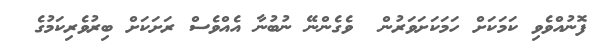
ފޮނުއްވެވި ކަމަކަށް ހަމަކަށަވަރުން  ވެގެންނޭ ނުބުނާ އެއްވެސް ރަށަކަށް ބިރުވެރިކަމުގެ